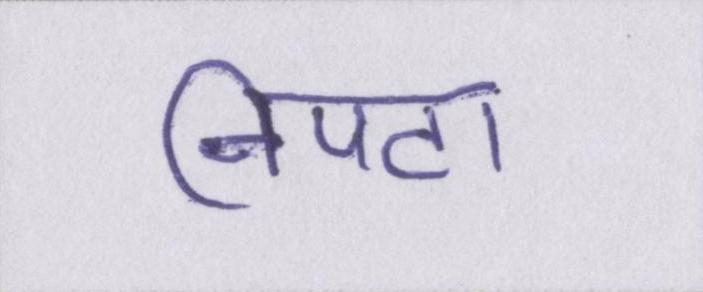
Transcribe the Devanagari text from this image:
निपटा